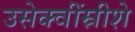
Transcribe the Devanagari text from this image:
उसेक्वींस्रीशे